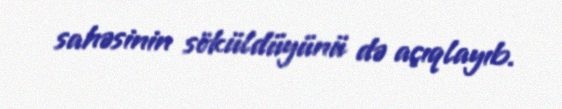
sahəsinin söküldüyünü də açıqlayıb.